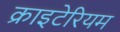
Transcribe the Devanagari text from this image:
क्राइटेरियम